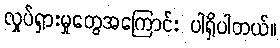
လှုပ်ရှားမှုတွေအကြောင်း ပါရှိပါတယ်။